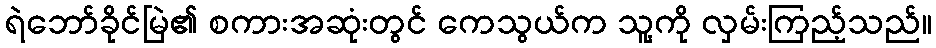
ရဲဘော်ခိုင်မြဲ၏ စကားအဆုံးတွင် ကေသွယ်က သူ့ကို လှမ်းကြည့်သည်။